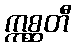
ဣစ္ဆတီ